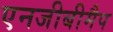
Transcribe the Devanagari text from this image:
एनजीबीमैप